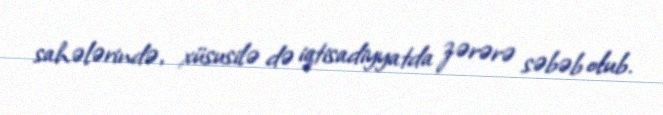
sahələrində, xüsusilə də iqtisadiyyatda zərərə səbəb olub.